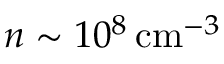
n \sim 1 0 ^ { 8 } \, \mathrm { c m } ^ { - 3 }